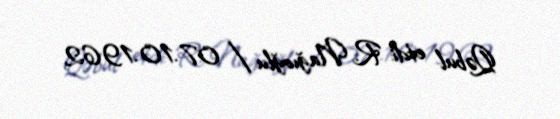
Qəbul etdi: R. Nağıoğlu / 07.10.1962